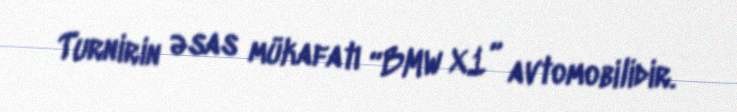
Turnirin əsas mükafatı “BMW X1” avtomobilidir.